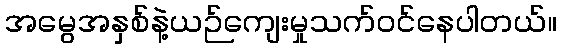
အမွေအနှစ်နဲ့ယဉ်ကျေးမှုသက်ဝင်နေပါတယ်။